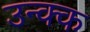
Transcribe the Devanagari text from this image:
उन्क्क